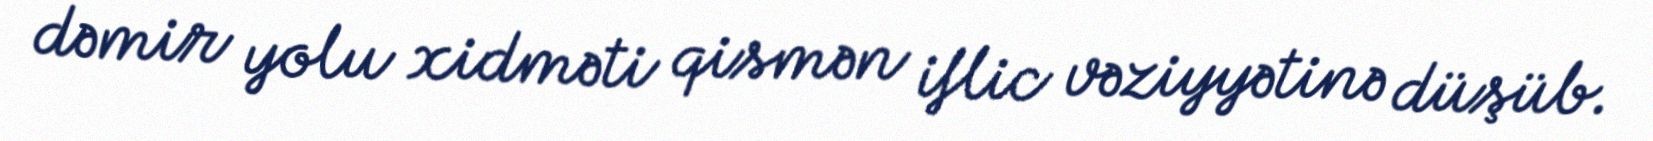
dəmir yolu xidməti qismən iflic vəziyyətinə düşüb.